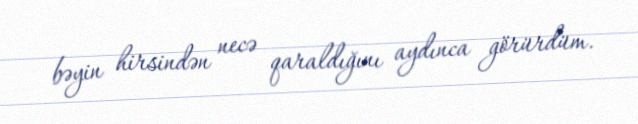
bəyin hirsindən necə qaraldığını aydınca görürdüm.